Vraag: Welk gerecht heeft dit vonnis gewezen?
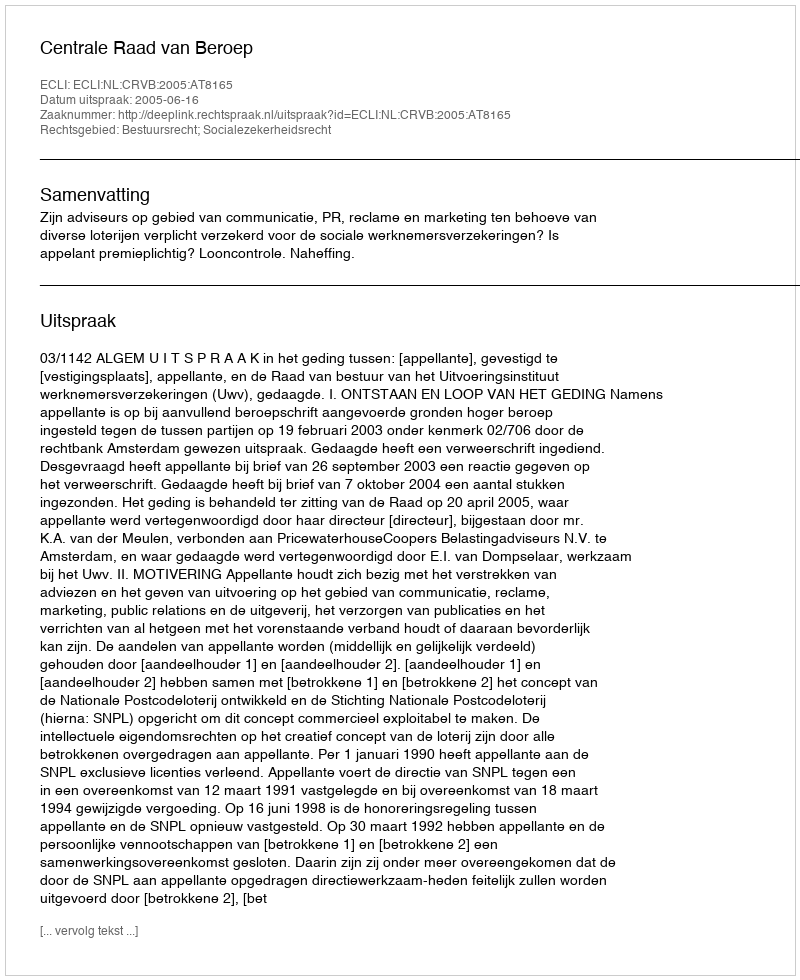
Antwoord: Centrale Raad van Beroep